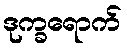
ဒုက္ခရောက်